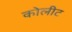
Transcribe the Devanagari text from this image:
कोलीट